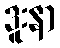
ဒူးနာ